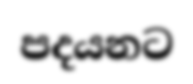
පදයනට